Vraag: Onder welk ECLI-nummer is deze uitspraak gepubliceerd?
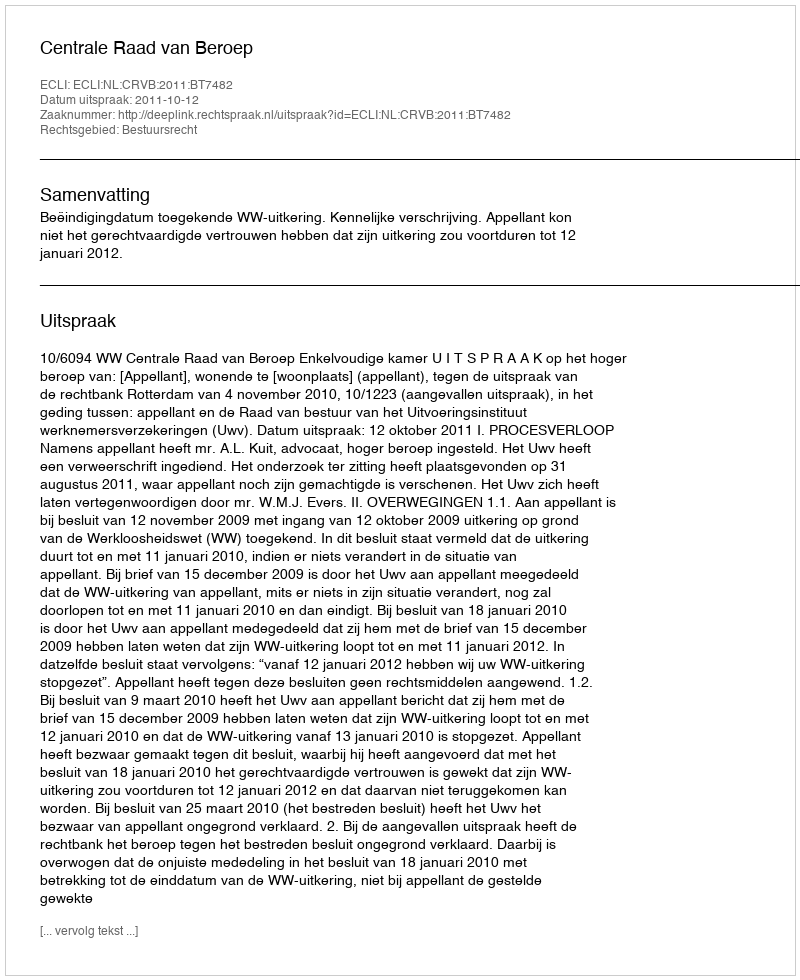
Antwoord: ECLI:NL:CRVB:2011:BT7482